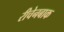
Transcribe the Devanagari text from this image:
रीचेनबाक